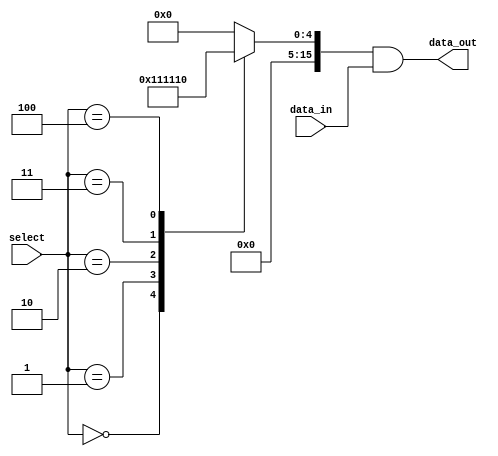
module demultiplexer_4to16 (
    input [3:0] select,
    input data_in,
    output [15:0] data_out
);

reg [15:0] output_lines;

always @(*)
begin
    case(select)
        4'b0000: output_lines = 16'b0000_0000_0000_0001; // select output line 0
        4'b0001: output_lines = 16'b0000_0000_0000_0010; // select output line 1
        4'b0010: output_lines = 16'b0000_0000_0000_0100; // select output line 2
        4'b0011: output_lines = 16'b0000_0000_0000_1000; // select output line 3
        4'b0100: output_lines = 16'b0000_0000_0001_0000; // select output line 4
        // add cases for the remaining output lines
        default: output_lines = 16'b0000_0000_0000_0000; // default case
    endcase
end

assign data_out = output_lines & data_in;

endmodule